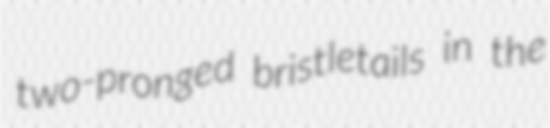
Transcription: two-pronged bristletails in the